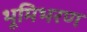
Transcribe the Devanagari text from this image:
भूमिभरण